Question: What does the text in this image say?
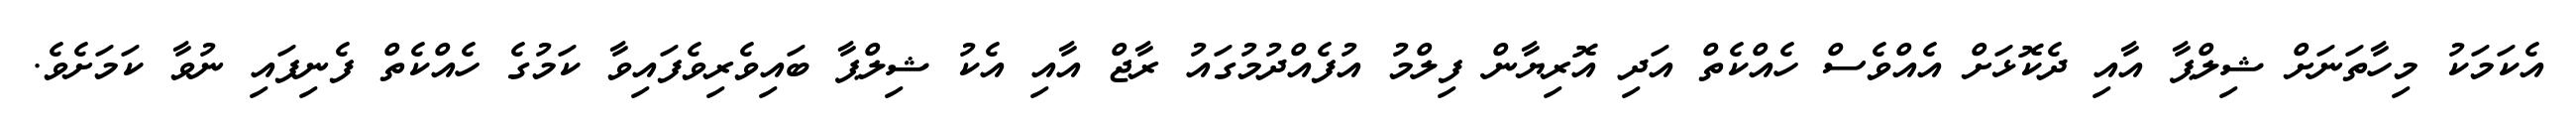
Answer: އެކަމަކު މިހާތަނަށް ޝިލްޕާ އާއި ދެކޮޅަށް އެއްވެސް ހެއްކެތް އަދި އޮރިޔާން ފިލްމު އުފެއްދުމުގައު ރާޖް އާއި އެކު ޝިލްޕާ ބައިވެރިވެފައިވާ ކަމުގެ ހެއްކެތް ފެނިފައި ނުވާ ކަމަށެވެ.